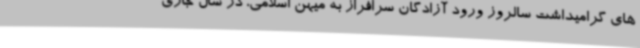
های گرامیداشت سالروز ورود آزادگان سرافراز به میهن اسلامی، در سال جاری